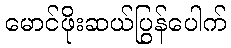
မောင်ဖိုးဆယ်ပြွန်ပေါက်